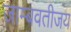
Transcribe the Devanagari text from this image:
जाम्बवतीजय